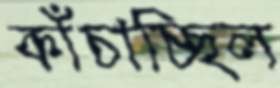
কাঁচাচ্ছিল